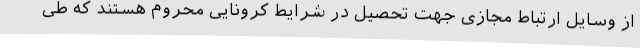
از وسایل ارتباط مجازی جهت تحصیل در شرایط کرونایی محروم هستند که طی